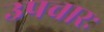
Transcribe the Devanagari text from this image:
उपचारः